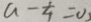
a - \frac { 1 } { 4 } = 0